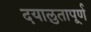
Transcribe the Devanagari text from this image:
दयालुतापूर्ण